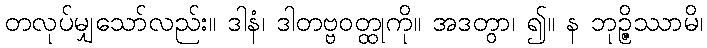
တလုပ်မျှသော်လည်း။ ဒါနံ၊ ဒါတဗ္ဗဝတ္ထုကို။ အဒတွာ၊ ၍။ န ဘုဉ္ဇိဿာမိ၊